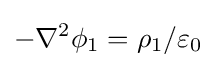
-\nabla ^{2}\phi _{1}=\rho _{1}/\varepsilon _{0}